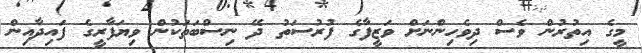
މީގެ އިތުރުން ވެސް ދިވެހިންނަށް ވަޒީފާގެ ފުރުސަތު ދޭ ނިސްބަތަކުން ވިޔަފާރީގެ ފައިދާއިން